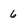
Character: 6